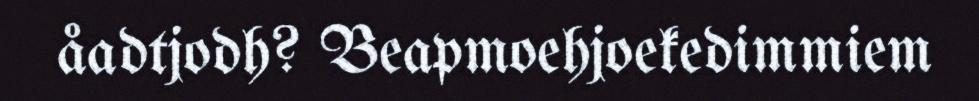
åadtjodh? Beapmoehjoekedimmiem